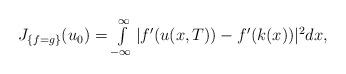
LaTeX: \begin{align*}\begin{array}{ll} J_{\{f=g\}}(u_0)=\int\limits_{-\infty}^{\infty}|f^\prime(u(x,T))- f^\prime(k(x))|^2dx , \end{array} \end{align*}